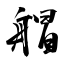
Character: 艒